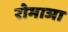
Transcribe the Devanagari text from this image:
रोमाञा